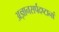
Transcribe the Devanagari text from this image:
अज्ञानसर्पदष्टानां